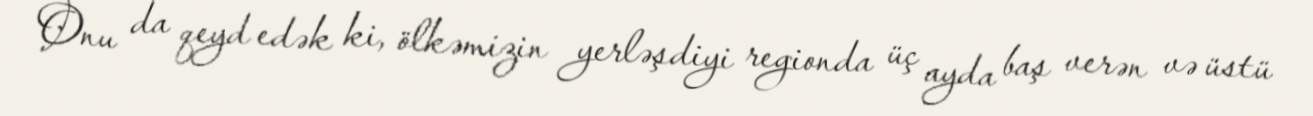
Onu da qeyd edək ki, ölkəmizin yerləşdiyi regionda üç ayda baş verən və üstü